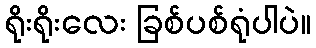
ရိုးရိုးလေး ခြစ်ပစ်ရုံပါပဲ။